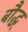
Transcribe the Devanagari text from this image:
बौद्ध्